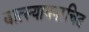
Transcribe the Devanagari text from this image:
वात्स्यायनरचित